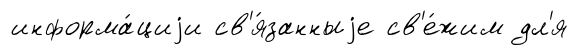
информа́циjи св'я́занныjе св'е́жим дл'я